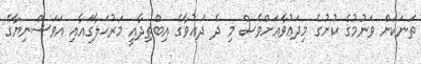
ތަނަކަށް ވަނުމުގެ ކުށުގެ މިދަޢުވާއަށްވެސް މި ދެ ދަޢުވާގެ އިބްތިދާއީ މަރުޙަލާގައާއި އަވަސްނިޔާގެ